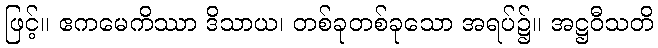
ဖြင့်။ ဧကမေကိဿာ ဒိသာယ၊ တစ်ခုတစ်ခုသော အရပ်၌။ အဋ္ဌဝီသတိ